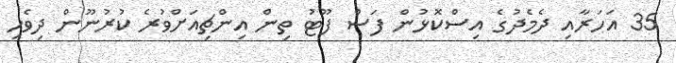
35 އަހަރާއި ދެމެދުގެ އިސްކޮޅުން ފަސް ފޫޓު ތިން އިންޗިއަށްވުރެ ކުރުނޫން ދިވެހި